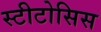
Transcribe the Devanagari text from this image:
स्टीटोसिस